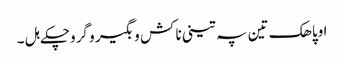
اوپاھک تین پہ تینی نا کش و بگیر و گروچکے ہل ۔